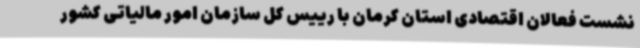
نشست فعالان اقتصادی استان کرمان با رییس کل سازمان امور مالیاتی کشور